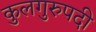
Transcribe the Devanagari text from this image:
कुलगुरुपदी